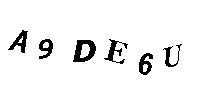
A9DE6U